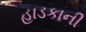
હાડકાની